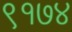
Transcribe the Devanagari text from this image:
९१७४